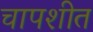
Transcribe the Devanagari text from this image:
चापशीत